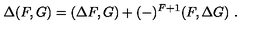
\Delta ( F , G ) = ( \Delta F , G ) + ( - ) ^ { F + 1 } ( F , \Delta G ) \ .